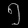
Digit: ၅